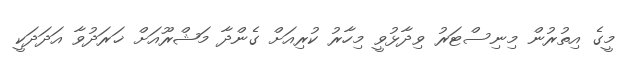
މީގެ އިތުރުން މިނިސްޓަރު ވިދާޅުވީ މިހާރު ކުރިއަށް ގެންދާ މަޝްރޫއަށް ޚަރަދުވާ އަދަދަކީ